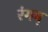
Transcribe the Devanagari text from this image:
रंगम्